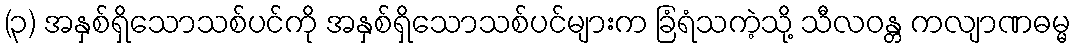
(၃) အနှစ်ရှိသောသစ်ပင်ကို အနှစ်ရှိသောသစ်ပင်များက ခြံရံသကဲ့သို့ သီလဝန္တ ကလျာဏဓမ္မ